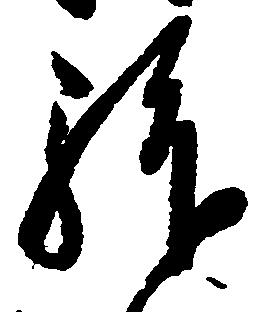
拝